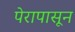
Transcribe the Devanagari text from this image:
पेरापासून